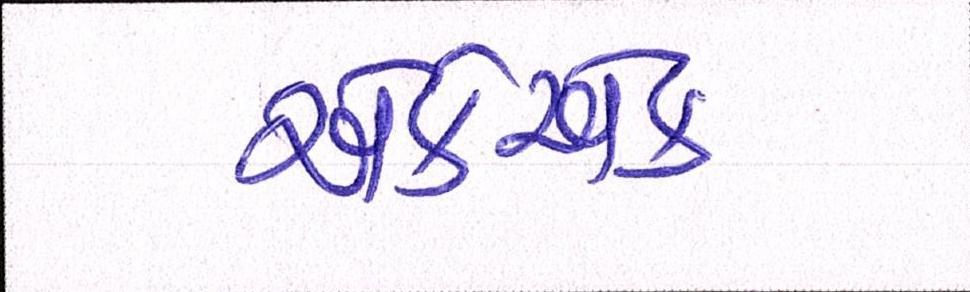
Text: એકેએક